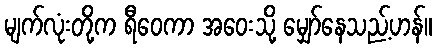
မျက်လုံးတို့က ရီဝေကာ အဝေးသို့ မျှော်နေသည့်ဟန်။